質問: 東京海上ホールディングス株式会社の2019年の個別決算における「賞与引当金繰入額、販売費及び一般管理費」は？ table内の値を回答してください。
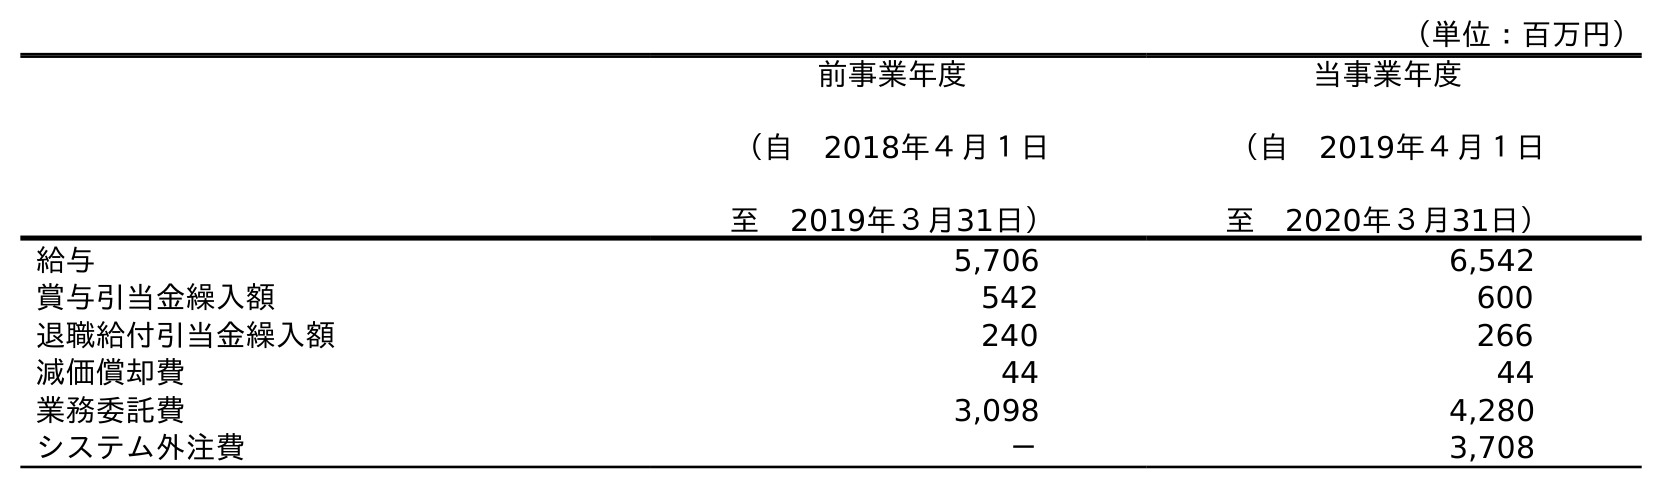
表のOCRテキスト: （単位：百万円） 前事業年度 （自 2018年４月１日 至 2019年３月31日） 当事業年度 （自 2019年４月１日 至 2020年３月31日） 給与 5,706 6,542 賞与引当金繰入額 542 600 退職給付引当金繰入額 240 266 減価償却費 44 44 業務委託費 3,098 4,280 システム外注費 － 3,708
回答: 542